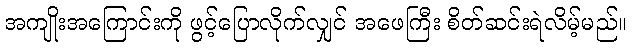
အကျိုးအကြောင်းကို ဖွင့်ပြောလိုက်လျှင် အဖေကြီး စိတ်ဆင်းရဲလိမ့်မည်။